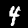
Label: 4